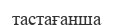
тастағанша